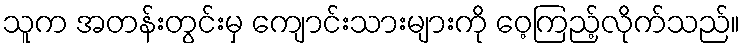
သူက အတန်းတွင်းမှ ကျောင်းသားများကို ဝေ့ကြည့်လိုက်သည်။